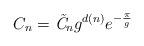
LaTeX: \begin{align*}C_n= \hbox{\it \~C}_n g^{d(n)} e^{-{\pi\over g} }\end{align*}